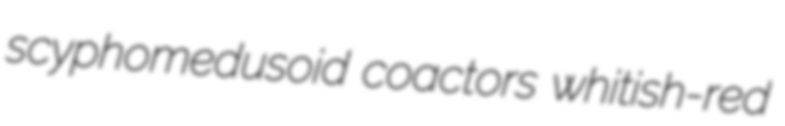
scyphomedusoid coactors whitish-red